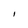
Character: I